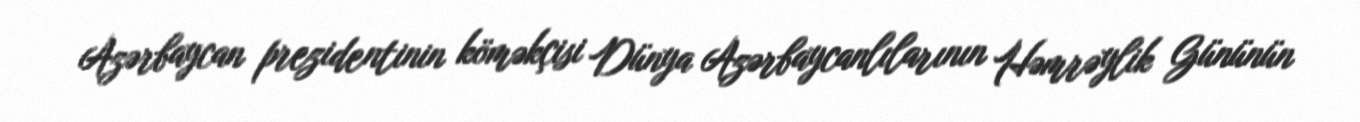
Azərbaycan prezidentinin köməkçisi Dünya Azərbaycanlılarının Həmrəylik Gününün